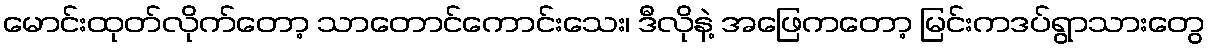
မောင်းထုတ်လိုက်တော့ သာတောင်ကောင်းသေး၊ ဒီလိုနဲ့ အဖြေကတော့ မြင်းကဒပ်ရွာသားတွေ